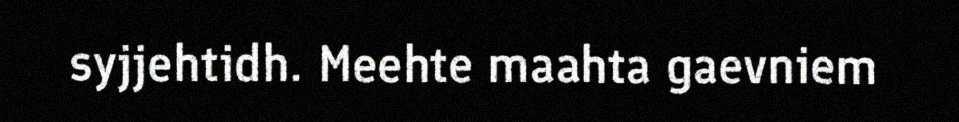
syjjehtidh. Meehte maahta gaevniem